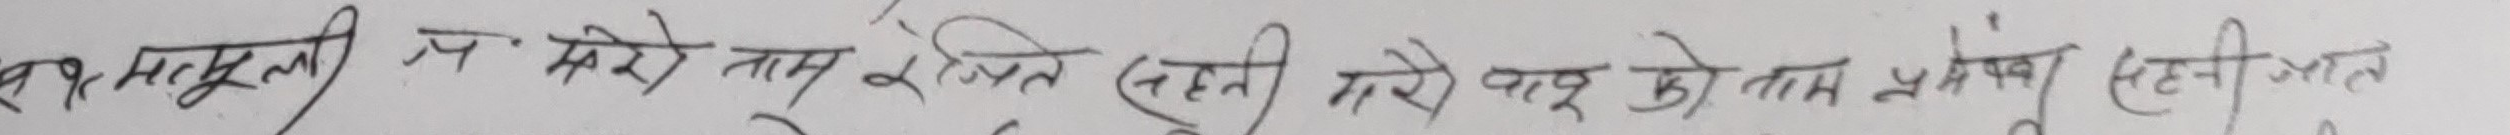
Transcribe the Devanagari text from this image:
क.नं. ५९ मसूरी उप-महानगर प्रमुख (छेत्री) जिल्ला काठमाडौं महानगर प्रमुख सहनी-जल